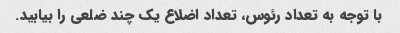
با توجه به تعداد رئوس، تعداد اضلاع یک چند ضلعی را بیابید.